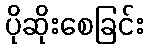
ပိုဆိုးစေခြင်း